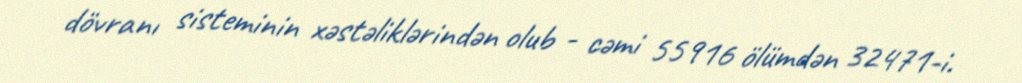
dövranı sisteminin xəstəliklərindən olub - cəmi 55916 ölümdən 32471-i.